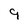
Character: 9